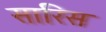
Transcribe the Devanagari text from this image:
सारिस